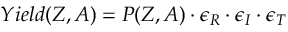
Y i e l d ( Z , A ) = P ( Z , A ) \cdot \epsilon _ { R } \cdot \epsilon _ { I } \cdot \epsilon _ { T }